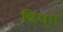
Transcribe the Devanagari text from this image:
दियाा